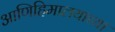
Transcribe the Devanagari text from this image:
आणिहिमालयाच्या